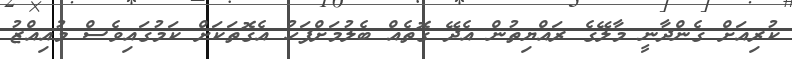
ކުރިއަށް ގެންދާނީ މާލޭގެ ރައްޔިތުން އެދޭ ގޮތެއް ބެލުމަށްފަހު އެގޮތަކަށް ކަމުގައިވެސް މުއިއްޒު